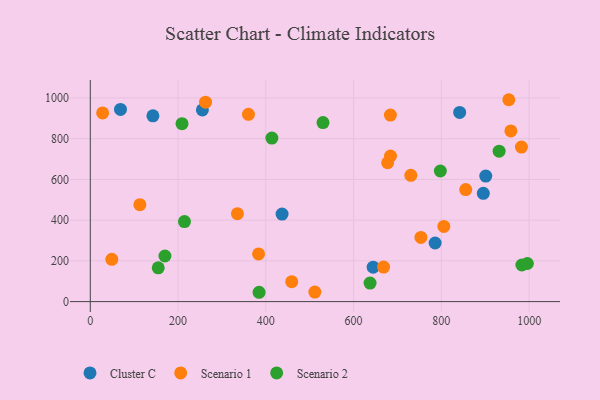
{"axis": {"x": "Experience", "y": "Exam Score"}, "legend": ["Cluster C", "Scenario 1", "Scenario 2"], "data": [{"x": "785.8", "y": 287.8, "type": "Cluster C"}, {"x": "644.6", "y": 168.9, "type": "Cluster C"}, {"x": "841.7", "y": 929.0, "type": "Cluster C"}, {"x": "895.6", "y": 531.9, "type": "Cluster C"}, {"x": "437.0", "y": 429.6, "type": "Cluster C"}, {"x": "255.4", "y": 941.1, "type": "Cluster C"}, {"x": "142.7", "y": 912.1, "type": "Cluster C"}, {"x": "901.2", "y": 616.2, "type": "Cluster C"}, {"x": "68.8", "y": 943.5, "type": "Cluster C"}, {"x": "958.4", "y": 838.0, "type": "Scenario 1"}, {"x": "360.4", "y": 919.7, "type": "Scenario 1"}, {"x": "511.7", "y": 47.0, "type": "Scenario 1"}, {"x": "677.6", "y": 681.7, "type": "Scenario 1"}, {"x": "683.9", "y": 915.6, "type": "Scenario 1"}, {"x": "684.1", "y": 714.9, "type": "Scenario 1"}, {"x": "753.4", "y": 315.1, "type": "Scenario 1"}, {"x": "49.0", "y": 207.8, "type": "Scenario 1"}, {"x": "855.5", "y": 550.0, "type": "Scenario 1"}, {"x": "459.0", "y": 97.7, "type": "Scenario 1"}, {"x": "953.7", "y": 991.2, "type": "Scenario 1"}, {"x": "982.5", "y": 758.5, "type": "Scenario 1"}, {"x": "113.0", "y": 475.8, "type": "Scenario 1"}, {"x": "730.4", "y": 620.0, "type": "Scenario 1"}, {"x": "335.3", "y": 431.7, "type": "Scenario 1"}, {"x": "262.6", "y": 979.4, "type": "Scenario 1"}, {"x": "383.5", "y": 234.2, "type": "Scenario 1"}, {"x": "805.6", "y": 369.1, "type": "Scenario 1"}, {"x": "668.3", "y": 169.8, "type": "Scenario 1"}, {"x": "28.1", "y": 926.2, "type": "Scenario 1"}, {"x": "209.0", "y": 873.8, "type": "Scenario 2"}, {"x": "797.7", "y": 641.4, "type": "Scenario 2"}, {"x": "931.6", "y": 738.5, "type": "Scenario 2"}, {"x": "214.6", "y": 393.1, "type": "Scenario 2"}, {"x": "413.8", "y": 802.9, "type": "Scenario 2"}, {"x": "170.1", "y": 223.9, "type": "Scenario 2"}, {"x": "637.5", "y": 90.9, "type": "Scenario 2"}, {"x": "530.3", "y": 879.1, "type": "Scenario 2"}, {"x": "154.8", "y": 166.0, "type": "Scenario 2"}, {"x": "384.6", "y": 45.9, "type": "Scenario 2"}, {"x": "983.5", "y": 179.7, "type": "Scenario 2"}, {"x": "996.0", "y": 187.1, "type": "Scenario 2"}]}